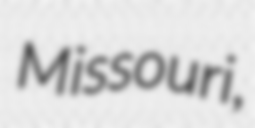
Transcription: Missouri,